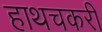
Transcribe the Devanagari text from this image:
हाथचकरी